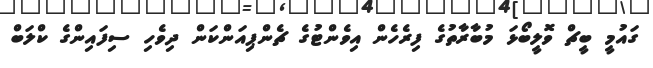
ގައުމީ ބީޗް ވޮލީބޯޅަ މުބާރާތުގެ ފިރެހެން އިވެންޓުގެ ޗެންޕިއަންކަން ދިވެހި ސިފައިންގެ ކްލަބް